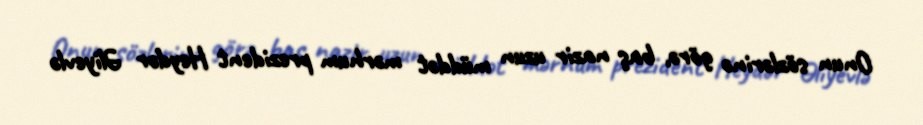
Onun sözlərinə görə, baş nazir uzun müddət mərhum prezident Heydər Əliyevlə